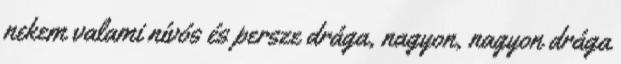
nekem valami nívós és persze drága, nagyon, nagyon drága